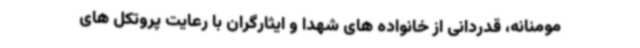
مومنانه، قدردانی از خانواده های شهدا و ایثارگران با رعایت پروتکل های